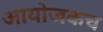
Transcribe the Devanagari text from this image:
आयोजकच